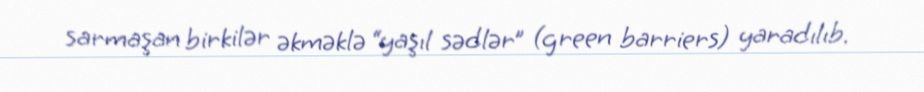
sarmaşan birkilər əkməklə “yaşıl sədlər” (green barriers) yaradılıb.